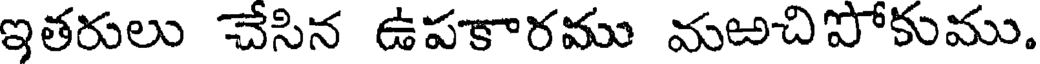
ఇతరులు చేసిన ఉపకారము మఱచిపోకుము.